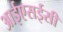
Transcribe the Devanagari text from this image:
आईएसईसी